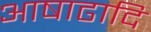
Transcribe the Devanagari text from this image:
आषाढादि